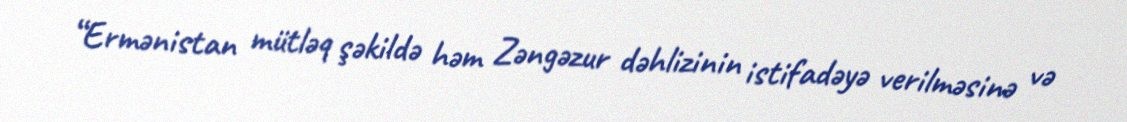
“Ermənistan mütləq şəkildə həm Zəngəzur dəhlizinin istifadəyə verilməsinə və